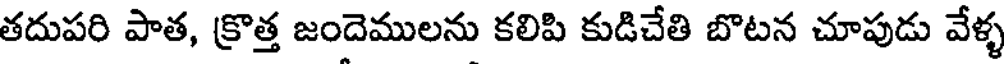
తదుపరి పాత, క్రొత్త జందెములను కలిపి కుడిచేతి బొటన చూపుడు వేళ్ళ